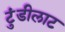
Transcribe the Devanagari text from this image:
टुंडीलाट